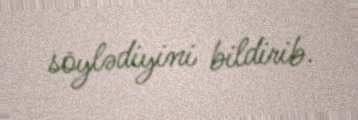
söylədiyini bildirib.